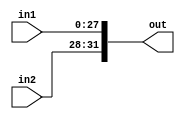
`timescale 1ns / 1ps
//////////////////////////////////////////////////////////////////////////////////
// Company: 
// Engineer: 
// 
// Design Name: 
// Module Name:    Jump 
// Project Name: 
// Target Devices: 
// Tool versions: 
// Description: 
//
// Dependencies: 
//
// Revision: 
// Revision 0.01 - File Created
// Additional Comments: 
//
//////////////////////////////////////////////////////////////////////////////////
module Jump(
	input [27 : 0] in1,
	input [3 : 0] in2,
	output [31 : 0] out
     );

	assign out = {in2 , in1};
endmodule